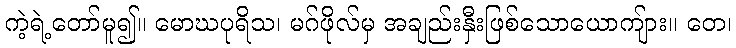
ကဲ့ရဲ့တော်မူ၍။ မောဃပုရိသ၊ မဂ်ဖိုလ်မှ အချည်းနှီးဖြစ်သောယောကျ်ား။ တေ၊